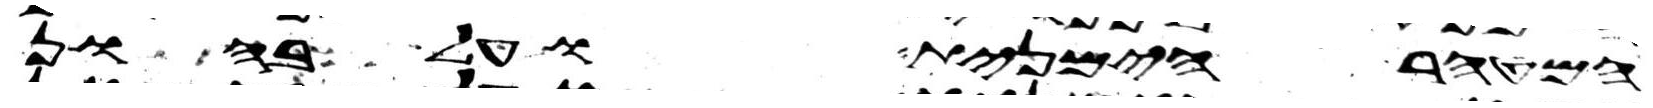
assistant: המטהר הימנית ועל בהון